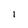
Character: l